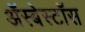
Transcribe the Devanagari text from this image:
ॲस्बेस्टॉस